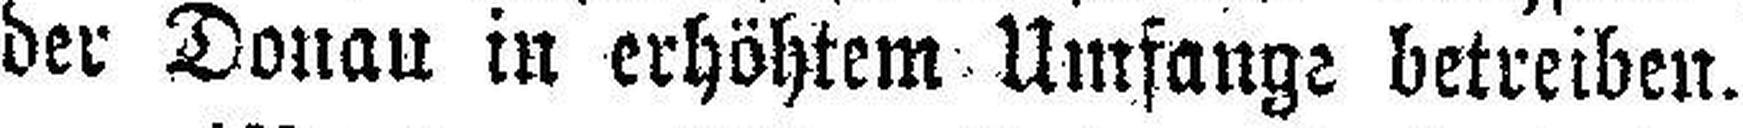
der Donau in erhöhtem Umfange betreiben.